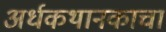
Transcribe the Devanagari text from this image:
अर्धकथानकाचा